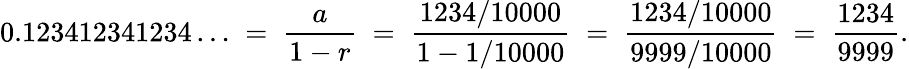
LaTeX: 0.123412341234\ldots\; =\; {\frac{a}{1-r}}\; =\; {\frac{1234/10000}{1-1/10000}}\; =\; {\frac{1234/10000}{9999/10000}}\; =\; {\frac{1234}{9999}}.